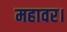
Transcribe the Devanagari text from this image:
महावर।